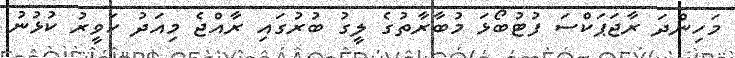
މަހިންދަ ރާޖަޕަކްސަ ފުޓުބޯޅަ މުބާރާތުގެ ލީގު ބުރުގައި ރާއްޖެ މިއަދު ހަވީރު ކުޅުނު